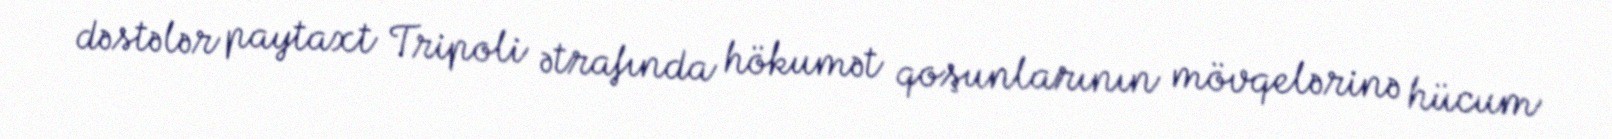
dəstələr paytaxt Tripoli ətrafında hökumət qoşunlarının mövqelərinə hücum